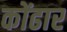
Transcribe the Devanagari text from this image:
कोंढार